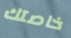
خاصتك